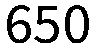
650